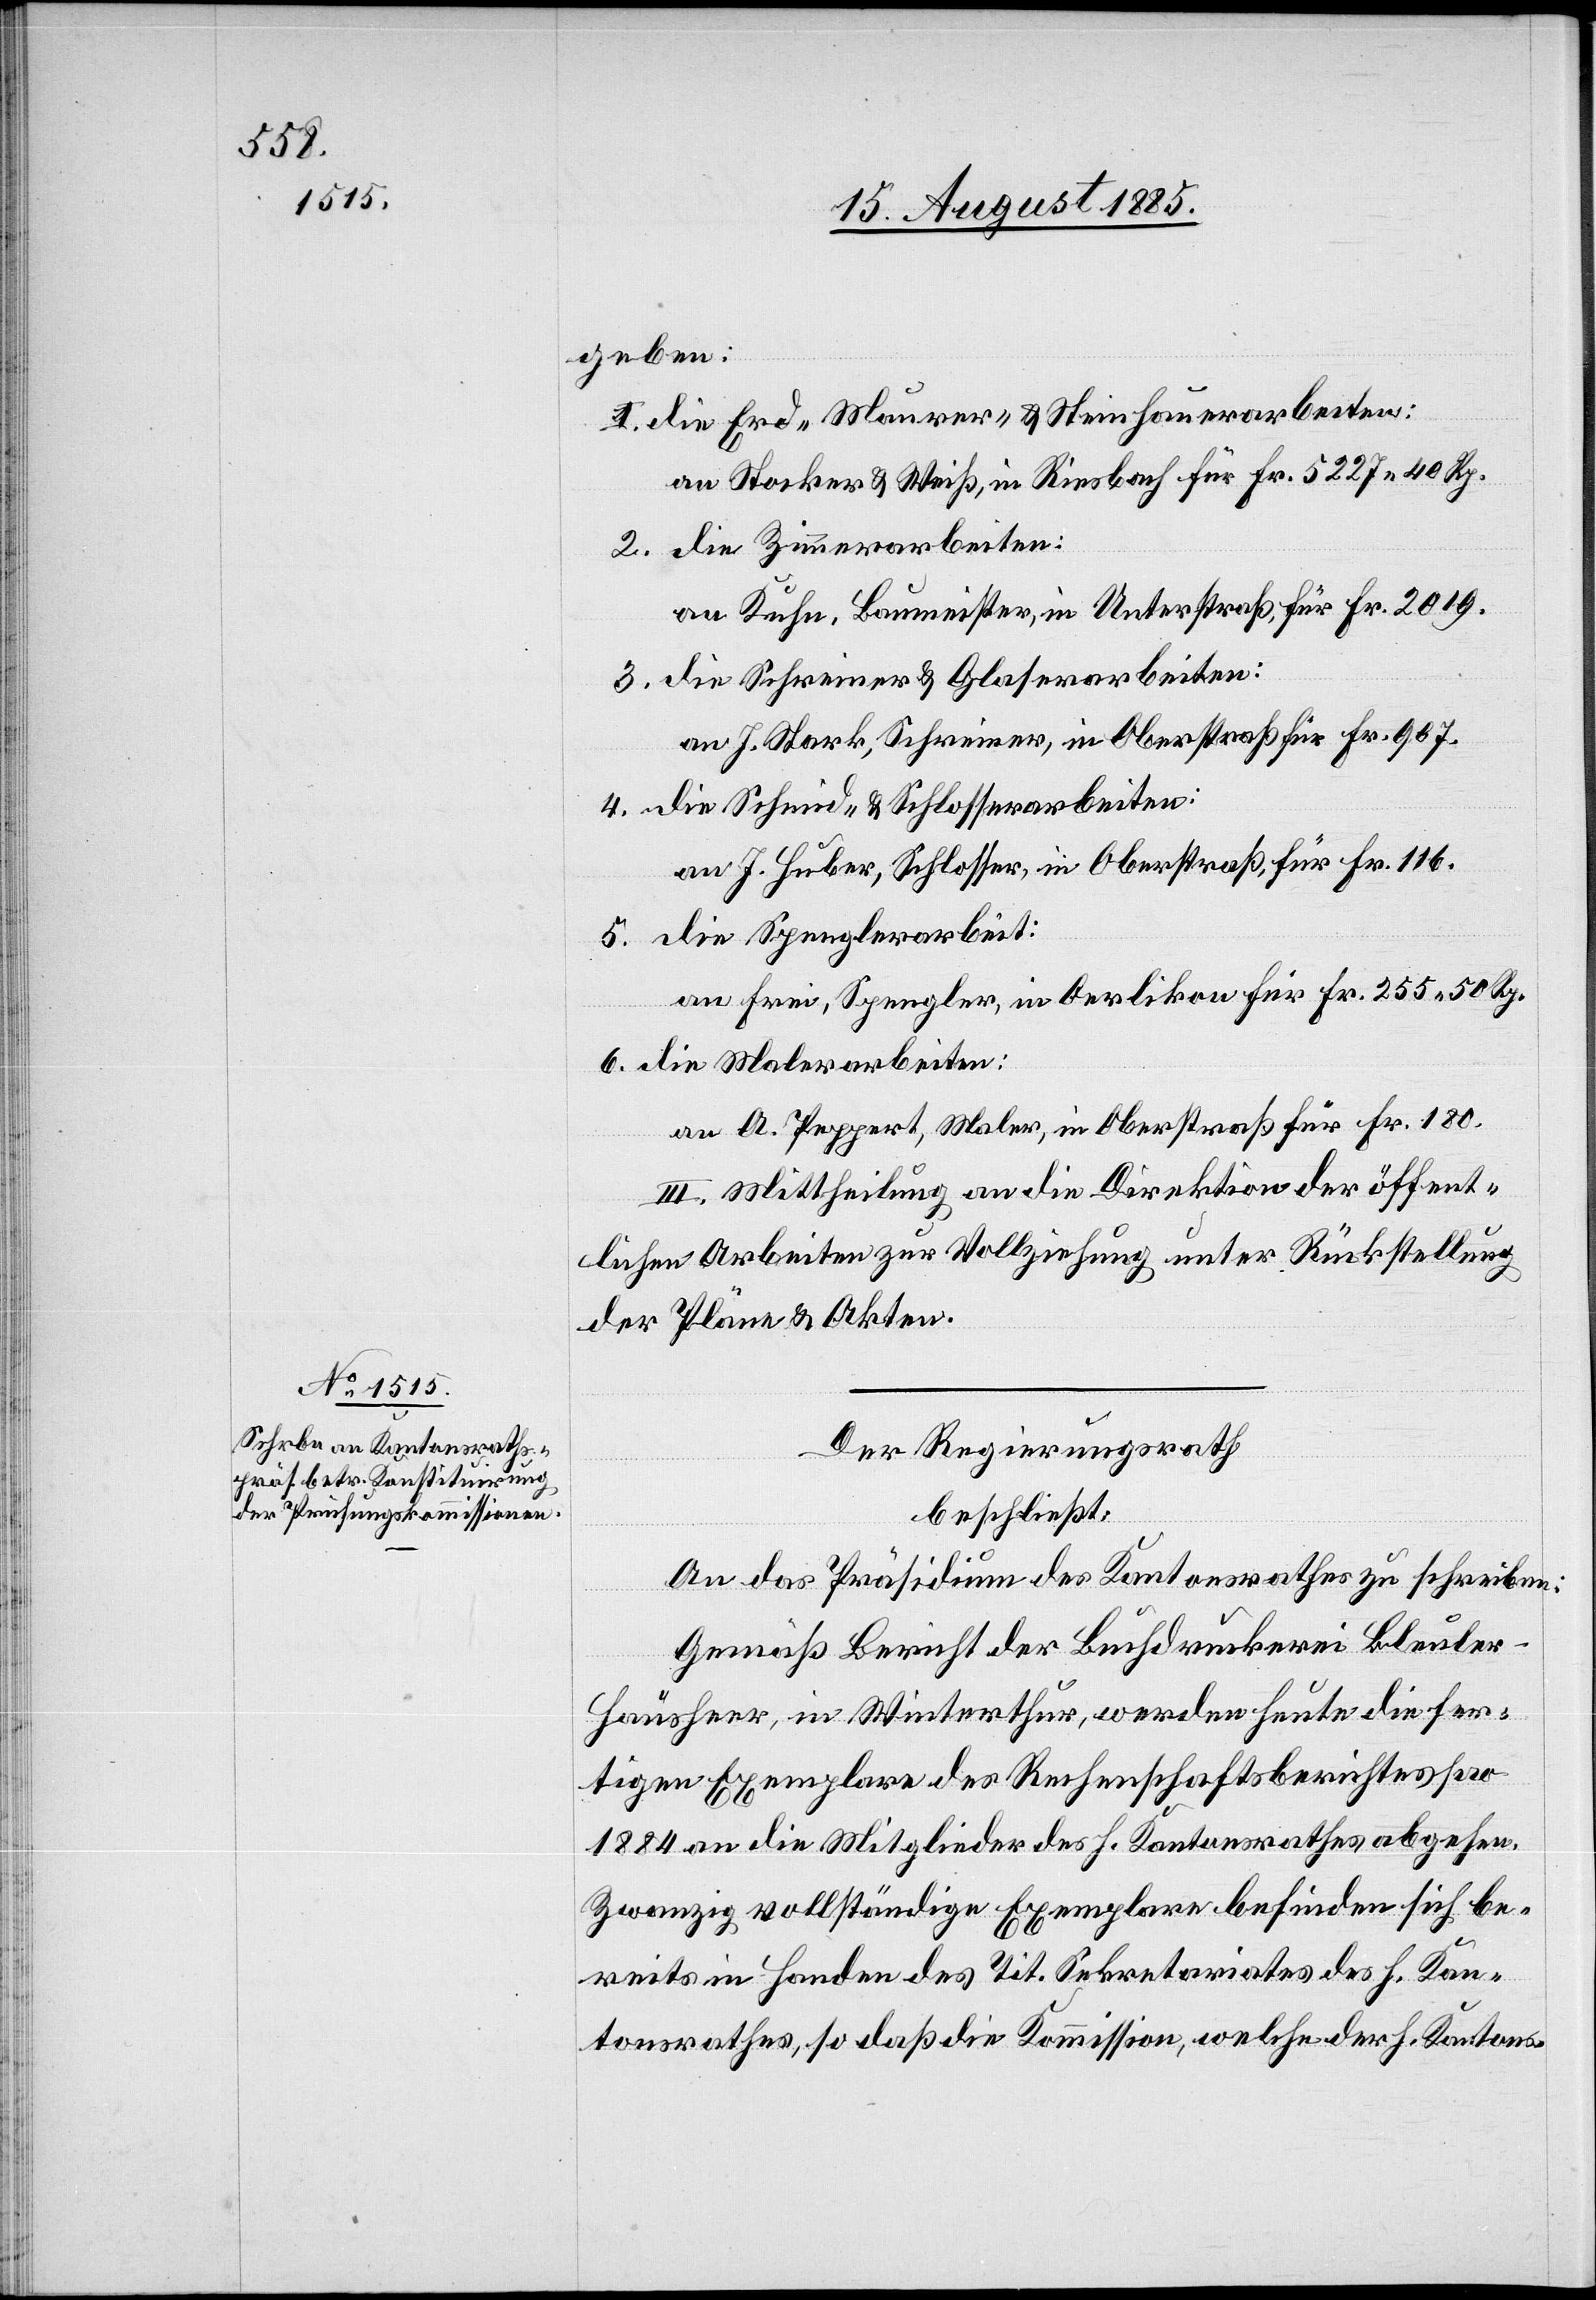
geben:
1. die Erd-[,] Maurer- & Steinhauerarbeiten:
an Stocker & Weiß, in Riesbach für Fr. 5227 40 Rp.
2. die Zimmerarbeiten:
an Kuhn, Baumeister, in Unterstraß, für Fr. 2019.
3. die Schreiner & Glaserarbeiten:
an J. Stark, Schreiner, in Oberstraß für Fr. 907.
4. die Schmid- & Schlosserarbeiten:
an J. Huber, Schlosser, in Oberstraß, für Fr. 116.
5. die Spenglerarbeit:
an Frei, Spengler, in Oerlikon für Fr. 255 50 Rp.
6. die Malerarbeiten:
an A. Peppert, Maler, in Oberstraß für Fr. 180.
III. Mittheilung an die Direktion der öffent¬
lichen Arbeiten zur Vollziehung unter Rückstellung
der Pläne & Akten.
Der Regierungsrath
beschließt:
An das Präsidium des Kantonsrathes zu schreiben:
„Gemäß Bericht der Buchdruckerei Bleule¬
r-Hausheer, in Winterthur, werden heute die fer¬
tigen Exemplare des Rechenschaftsberichtes pro
1884 an die Mitglieder des h. Kantonsrathes abgehen.
Zwanzig vollständige Exemplare befinden sich be¬
reits in Handen des Tit. Sekretariates des h. Kan¬
tonsrathes, so daß die Kommission, welche der h. Kantons-